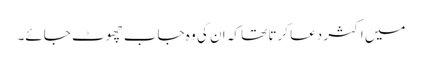
میں اکثر دعا کرتا تھا کہ ان کی وہ جاب چھوٹ جائے۔